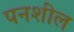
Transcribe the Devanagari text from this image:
पनशील